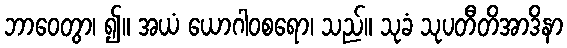
ဘာဝေတွာ၊ ၍။ အယံ ယောဂါဝစရော၊ သည်။ သုခံ သုပတီတိအာဒိနာ